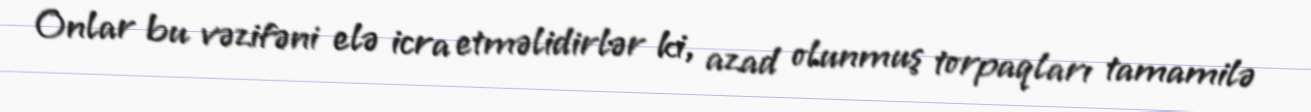
Onlar bu vəzifəni elə icra etməlidirlər ki, azad olunmuş torpaqları tamamilə